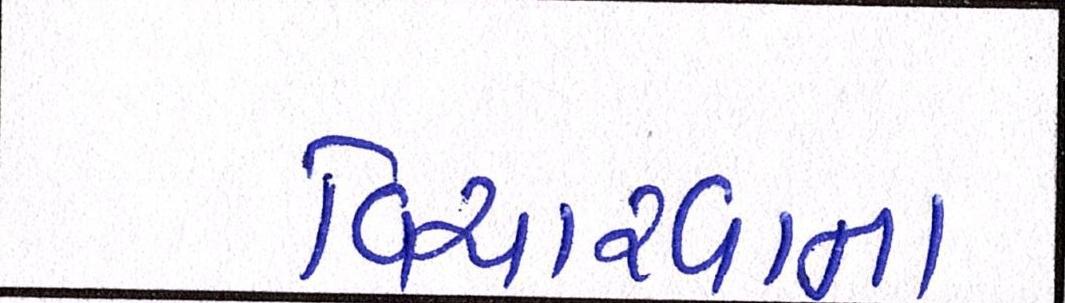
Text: વિચારવાના